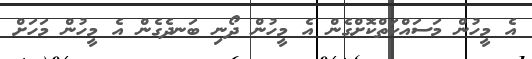
އެ މީހުން މަސައްކަތްކޮށްގެން އެ މީހުން ދޯނި ބަނދެގެން އެ މީހުން މަހަށް